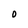
Character: O